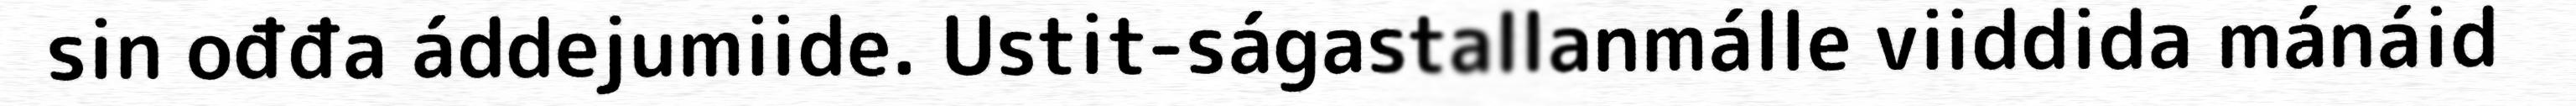
sin ođđa áddejumiide. Ustit-ságastallanmálle viiddida mánáid